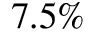
7 . 5 \%